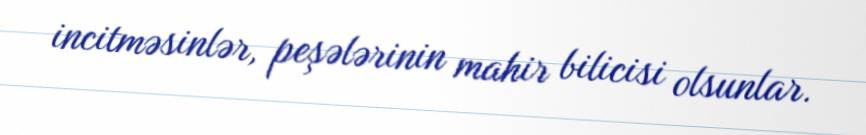
incitməsinlər, peşələrinin mahir bilicisi olsunlar.